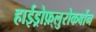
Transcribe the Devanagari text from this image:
हाईड्रोफ़्लुरोकर्बोन